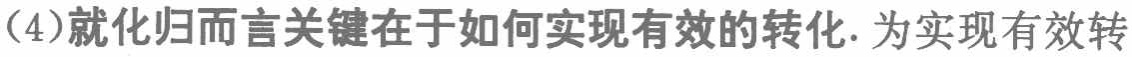
(4)就化归而言关键在于如何实现有效的转化. 为实现有效转